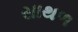
સાથળ